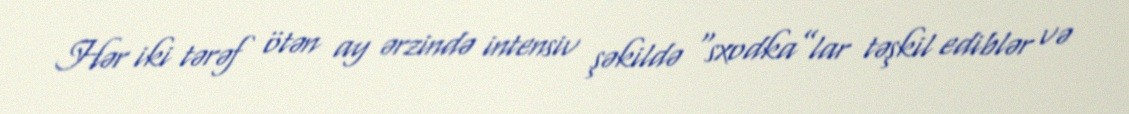
Hər iki tərəf ötən ay ərzində intensiv şəkildə “sxodka”lar təşkil ediblər və